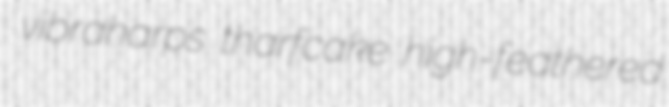
vibraharps tharfcake high-feathered